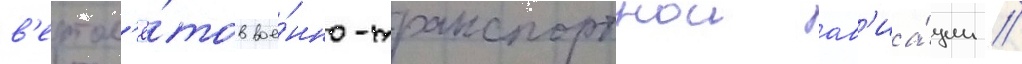
в'ертол'ё́тов вое́нно-транспортнои ав'иа́ции //